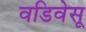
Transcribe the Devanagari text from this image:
वडिवेसू